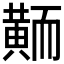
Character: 𪎿